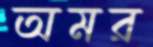
অমর